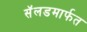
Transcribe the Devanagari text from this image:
सॅलडमार्फत